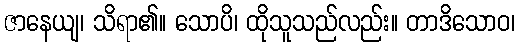
ဇာနေယျ၊ သိရာ၏။ သောပိ၊ ထိုသူသည်လည်း။ တာဒိသောဝ၊